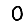
Digit: 0